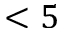
< 5